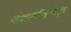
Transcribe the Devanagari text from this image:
बौधायनपितृमेधसूत्र